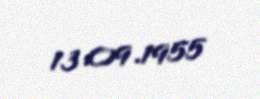
13.09.1955